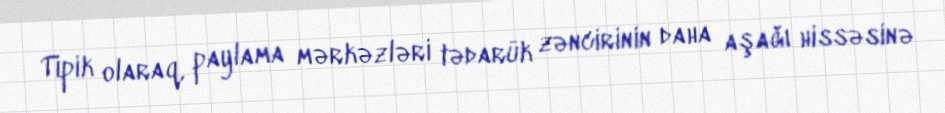
Tipik olaraq, paylama mərkəzləri tədarük zəncirinin daha aşağı hissəsinə